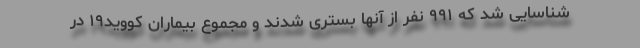
شناسایی شد که ۹۹۱ نفر از آنها بستری شدند و مجموع بیماران کووید۱۹ در